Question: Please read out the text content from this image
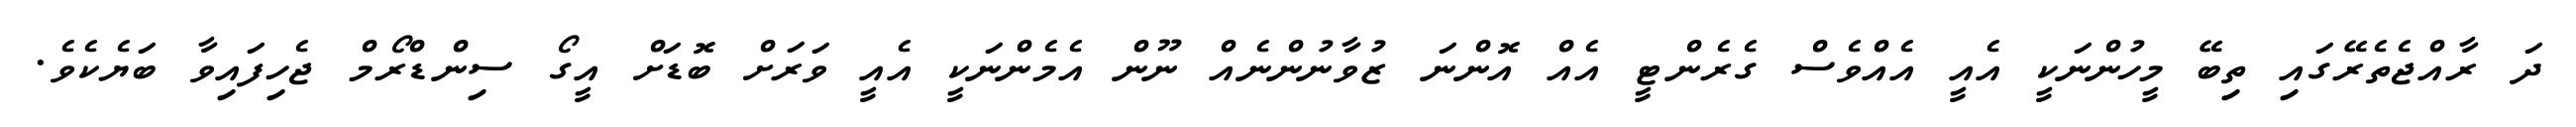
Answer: ދަ ރާއްޖެތެރޭގައި ތިބޭ މީހުންނަކީ އެއީ އެއްވެސް ގެރެންޓީ އެއް އޮންނަ ޒުވާނުންނެއް ނޫން އެމެންނަކީ އެއީ ވަރަށް ބޮޑަށް އީގޯ ސިންޑްރޯމް ޖެހިފައިވާ ބަޔެކެވެ.